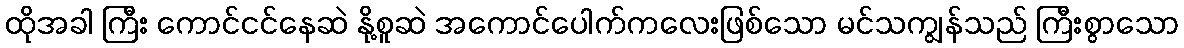
ထိုအခါ ကြီး ကောင်ငင်နေဆဲ နို့စူဆဲ အကောင်ပေါက်ကလေးဖြစ်သော မင်သကျွန်သည် ကြီးစွာသော